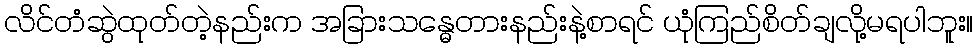
လိင်တံဆွဲထုတ်တဲ့နည်းက အခြားသန္ဓေတားနည်းနဲ့စာရင် ယုံကြည်စိတ်ချလို့မရပါဘူး။